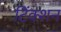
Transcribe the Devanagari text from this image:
टिंक्शन